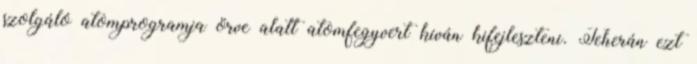
szolgáló atomprogramja örve alatt atomfegyvert kíván kifejleszteni. Teherán ezt